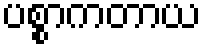
ပစ္စာကတာယ